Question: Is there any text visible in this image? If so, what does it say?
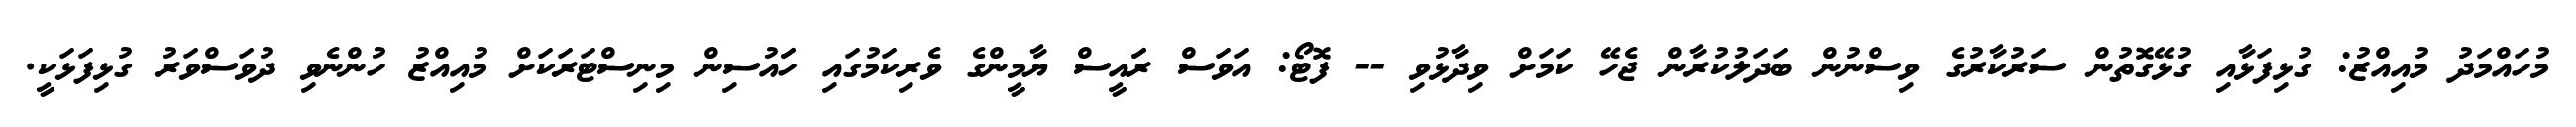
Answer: މުހައްމަދު މުއިއްޒު: ގުޅިފަޅާއި ގުޅޭގޮތުން ސަރުކާރުގެ ވިސްނުން ބަދަލުކުރާން ޖެހޭ ކަމަށް ވިދާޅުވި -- ފޮޓޯ: އަވަސް ރަައީސް ޔާމީންގެ ވެރިކަމުގައި ހަައުސިން މިނިސްޓަރަކަށް މުއިއްޒު ހުންނެވި ދުވަސްވަރު ގުޅިފަޅަކީ.